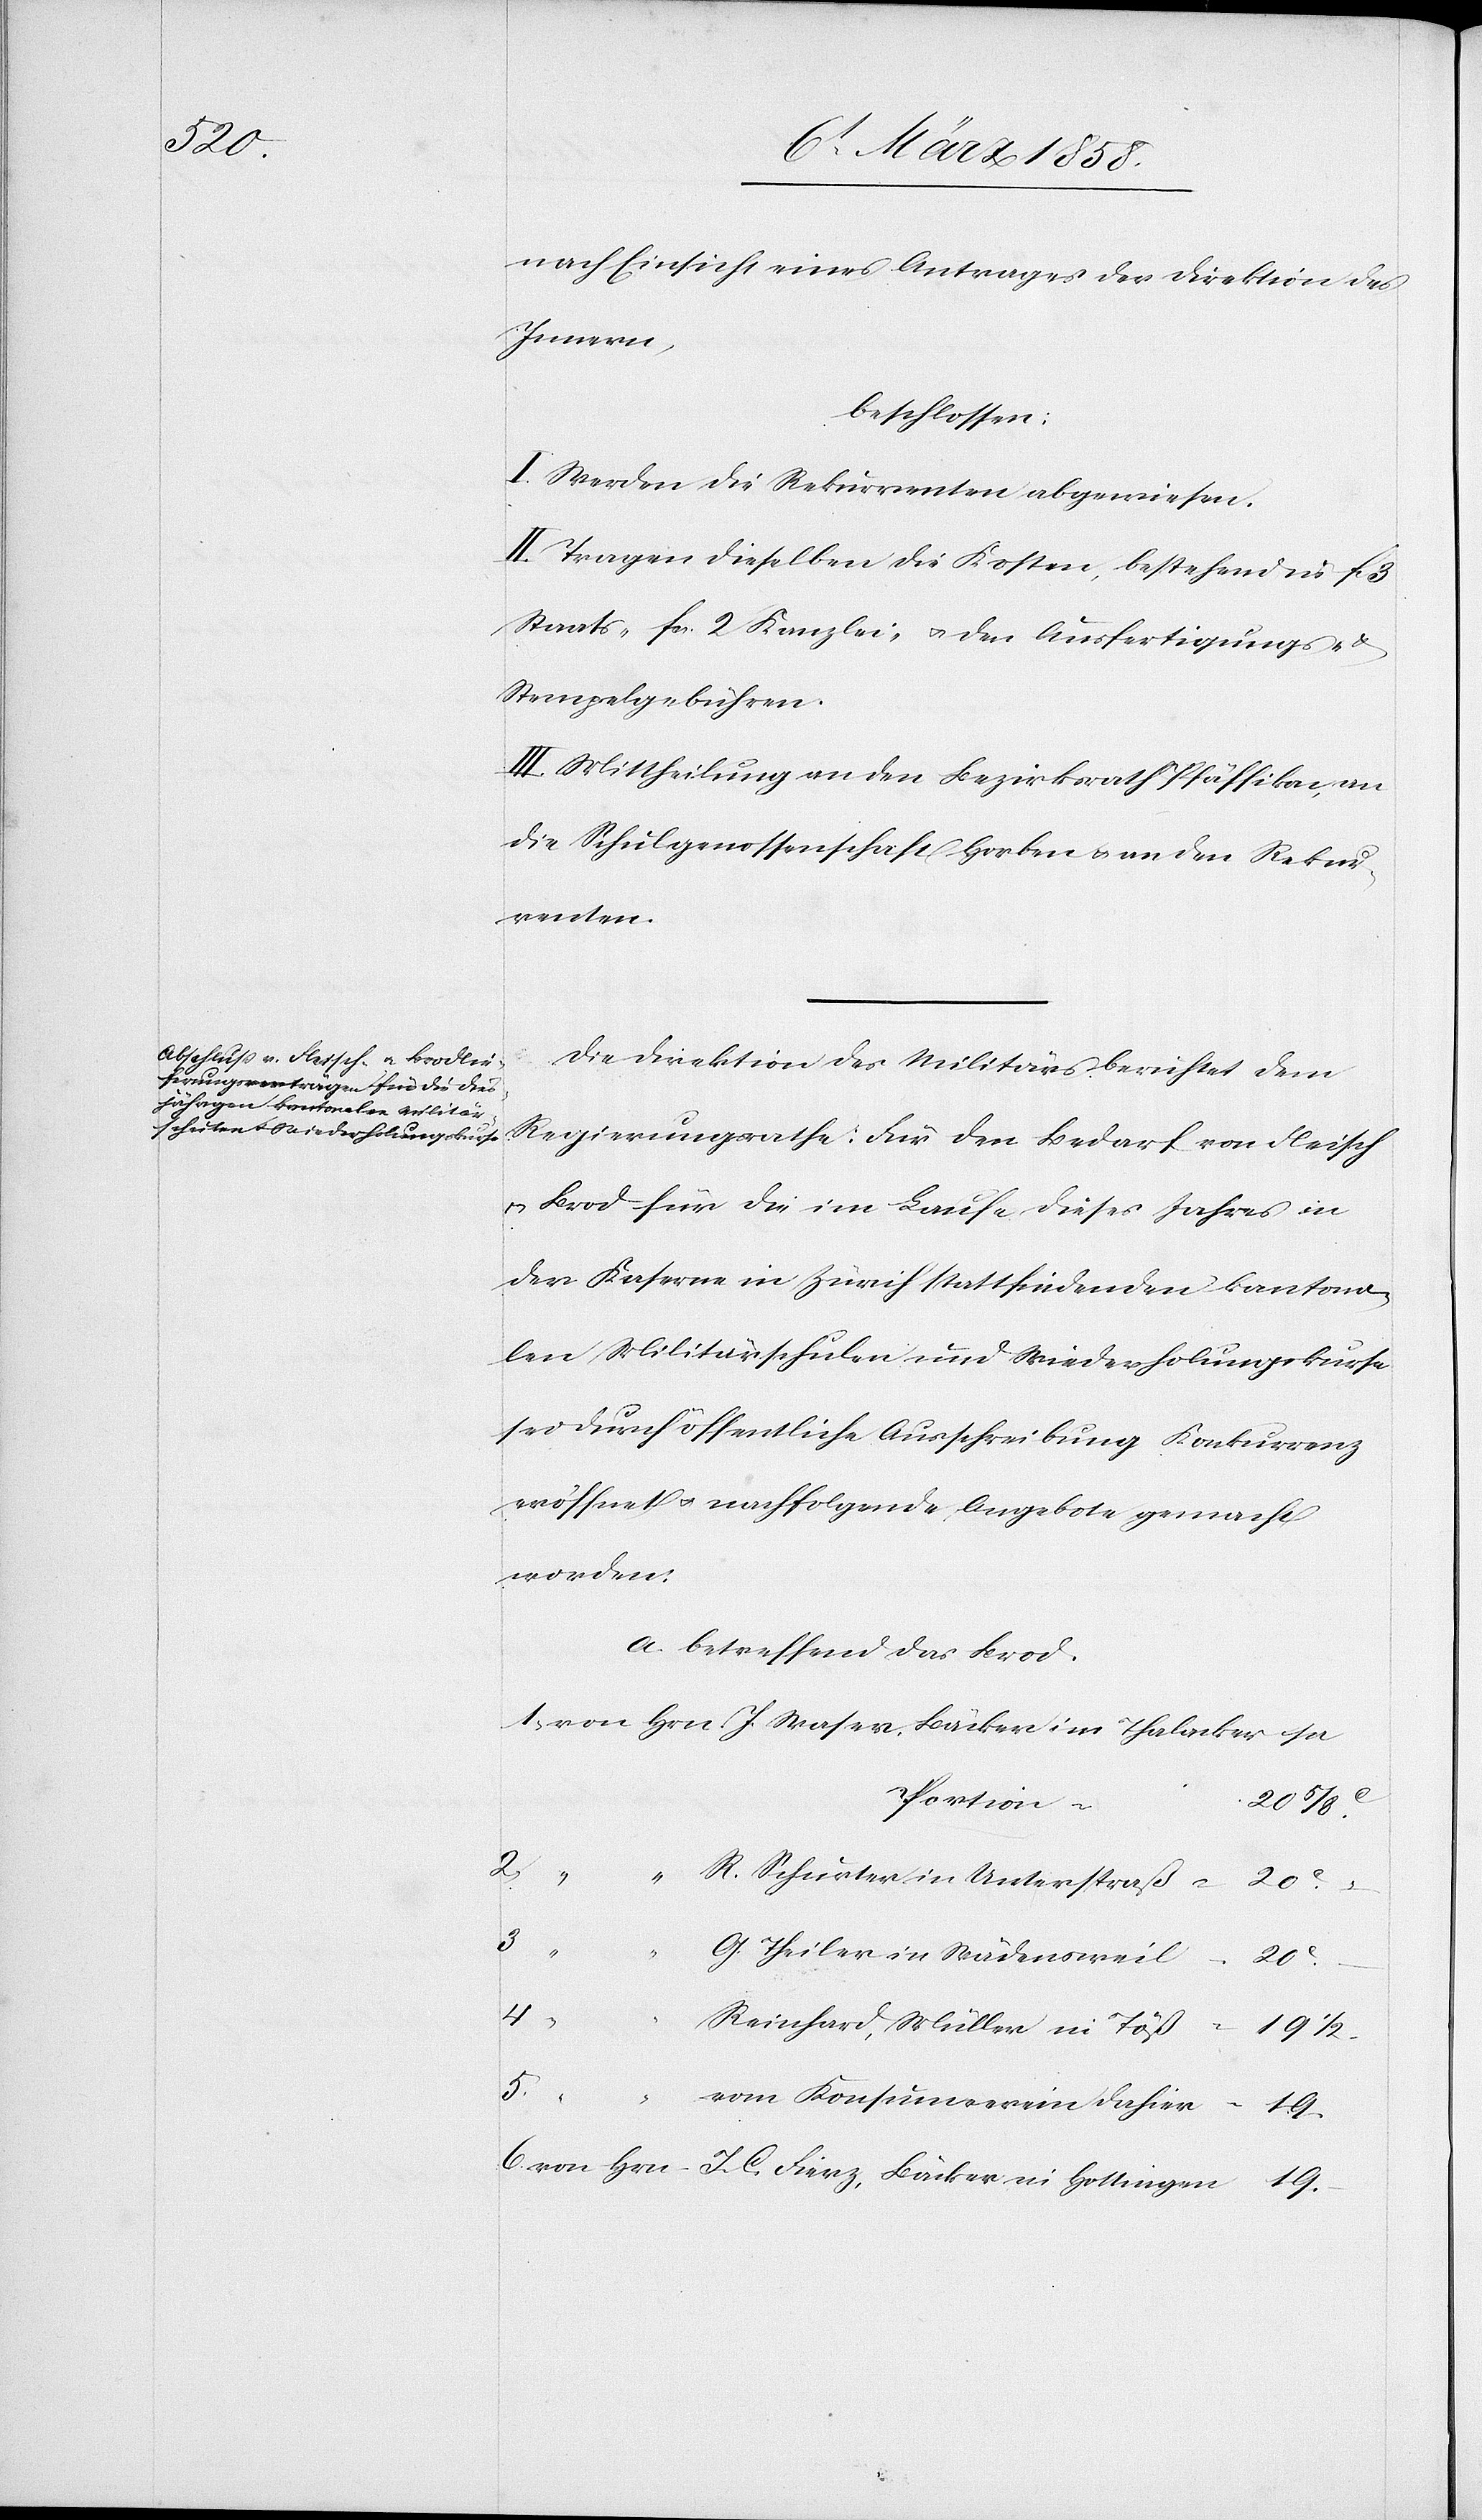
Hottingen

nach Einsicht eines Antrages der Direktion des
Innern,
beschlossen:
I. Werden die Rekurrenten abgewiesen.
II. Tragen dieselben die Kosten, bestehend in f. 3
Staats-[,] fcs. 2 Kanzlei- & den Ausfertigungs-
Stempelgebühren.
III. Mittheilung an den Bezirksrath Pfäffikon, an
die Schulgenossenschaft Horben u. an den Rekur¬
renten.
Die Direktion des Militärs berichtet dem
Regierungsrathe: Für den Bedarf von Fleisch
u. Brod für die im Laufe dieses Jahres in
der Kaserne in Zürich stattfindenden kantona¬
len Militärschulen und Wiederholungskurse
sei durch öffentliche Ausschreibung Konkurrenz
eröffnet & nachfolgende Angebote gemacht
worden:
a. betreffend das Brod.
Portion
20 5/8C
Hrn.
“
R. Schurter in Unterstraß
5.
G. Theiler in Wädensweil
4.
Reinhard, Müller in Töß
19.
19.